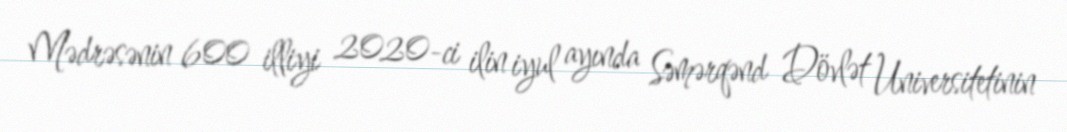
Mədrəsənin 600 illiyi 2020-ci ilin iyul ayında Səmərqənd Dövlət Universitetinin